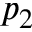
p _ { 2 }